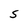
Character: S